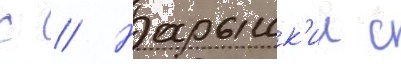
С // Нарышк'ин с